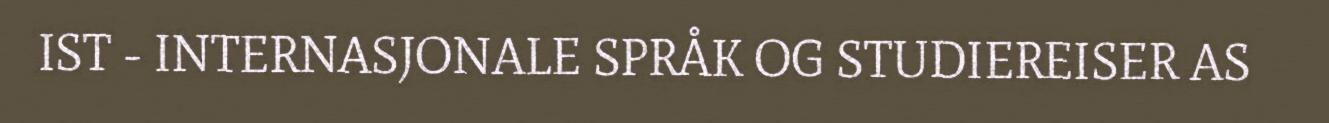
IST - INTERNASJONALE SPRÅK OG STUDIEREISER AS